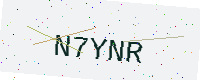
Text: N7YNR